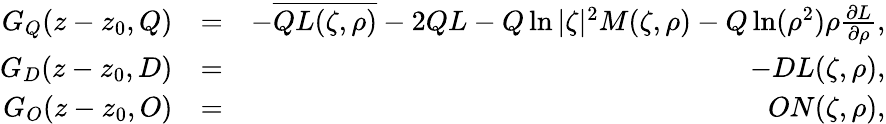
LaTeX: \begin{array}{rlr}{G_{Q}(z-z_{0},Q)}&{=}&{-\overline{{QL(\zeta,\rho)}}-2QL-Q\ln|\zeta|^{2}M(\zeta,\rho)-Q\ln(\rho^{2})\rho\frac{\partial L}{\partial\rho},}\\ {G_{D}(z-z_{0},D)}&{=}&{-DL(\zeta,\rho),}\\ {G_{O}(z-z_{0},O)}&{=}&{ON(\zeta,\rho),}\end{array}